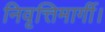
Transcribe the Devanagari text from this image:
निवृत्तिमार्गी।